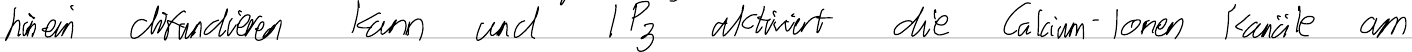
hinein diffundieren kann und IP3 aktiviert die Calcium-Ionen Kanäle am